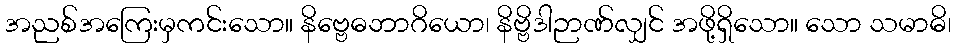
အညစ်အကြေးမှကင်းသော။ နိဗ္ဗေဓဘာဂိယော၊ နိဗ္ဗိဒါဉာဏ်လျှင် အဖို့ရှိသော။ သော သမာဓိ၊